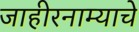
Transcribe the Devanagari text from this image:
जाहीरनाम्याचे